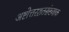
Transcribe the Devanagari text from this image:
अष्टोत्तरशतसंख्याक